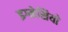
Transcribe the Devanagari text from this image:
इग्नेसियो